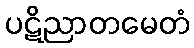
ပဋိညာတမေတံ